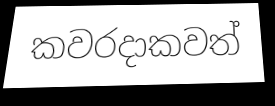
කවරදාකවත්